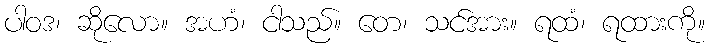
ပါဝဒ၊ ဆိုလော။ အဟံ၊ ငါသည်။ တေ၊ သင်အား။ ရထံ၊ ရထားကို။